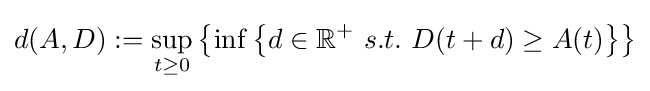
d(A,D):=\sup _{t\geq 0}\left\{\inf \left\{d\in \mathbb {R} ^{+}~s.t.~D(t+d)\geq A(t)\right\}\right\}